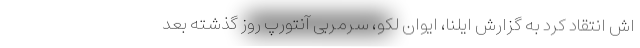
اش انتقاد کرد به گزارش ایلنا، ایوان لکو، سرمربی آنتورپ روز گذشته بعد